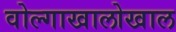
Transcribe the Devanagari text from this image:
वोल्गाखालोखाल